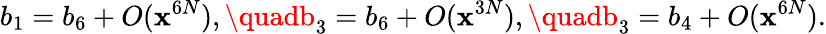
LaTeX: b_{1}=b_{6}+O(\mathbf{x}^{6N}),\quadb_{3}=b_{6}+O(\mathbf{x}^{3N}),\quadb_{3}=b_{4}+O(\mathbf{x}^{6N}).